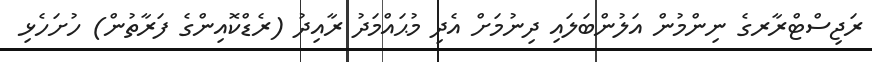
ރަޖިސްޓްރާރގެ ނިންމުން އަލުންބަލައި ދިނުމަށް އެދި މުޙައްމަދު ރާއިދު (ރެޑްކޮއިންގެ ފަރާތުން) ހުށަހެޅި